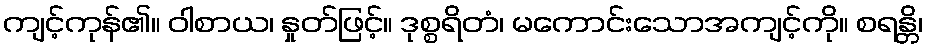
ကျင့်ကုန်၏။ ဝါစာယ၊ နှုတ်ဖြင့်။ ဒုစ္စရိတံ၊ မကောင်းသောအကျင့်ကို။ စရန္တိ၊